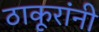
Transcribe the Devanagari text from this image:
ठाकूरांनी